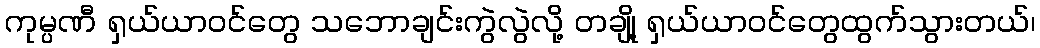
ကုမ္ပဏီ ရှယ်ယာဝင်တွေ သဘောချင်းကွဲလွဲလို့ တချို့ ရှယ်ယာဝင်တွေထွက်သွားတယ်၊